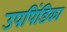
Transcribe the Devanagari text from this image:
उपपिंडिका